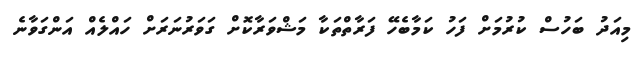
މިއަދު ބަހުސް ކުރުމަށް ފަހު ކަމާބެހޭ ފަރާތްތަކާ މަޝްވަރާކޮށް ގަވަރުނަރަށް ހައްލެއް އަންގަވާނެ